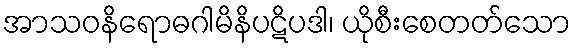
အာသဝနိရောဓဂါမိနိပဋိပဒါ၊ ယိုစီးစေတတ်သော